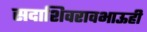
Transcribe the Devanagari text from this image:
सदाशिवरावभाऊही